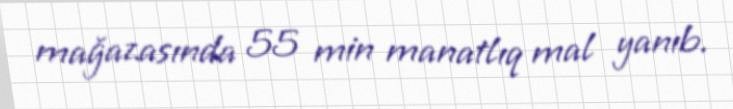
mağazasında 55 min manatlıq mal yanıb.